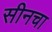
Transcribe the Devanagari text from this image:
सीनचा